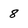
Character: 8